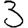
Digit: 3